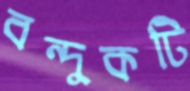
বন্দুকটি